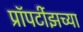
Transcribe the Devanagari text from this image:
प्रॉपर्टीझच्या